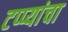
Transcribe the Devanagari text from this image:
टप्प्यांचा